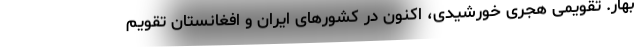
بهار. تقویمی هجری خورشیدی، اکنون در کشورهای ایران و افغانستان تقویم